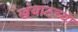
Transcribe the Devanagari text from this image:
खंबाटच्या